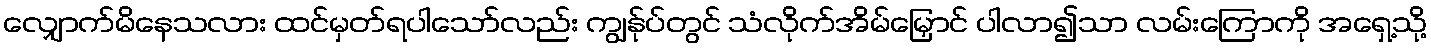
လျှောက်မိနေသလား ထင်မှတ်ရပါသော်လည်း ကျွန်ုပ်တွင် သံလိုက်အိမ်မြှောင် ပါလာ၍သာ လမ်းကြောကို အရှေ့သို့